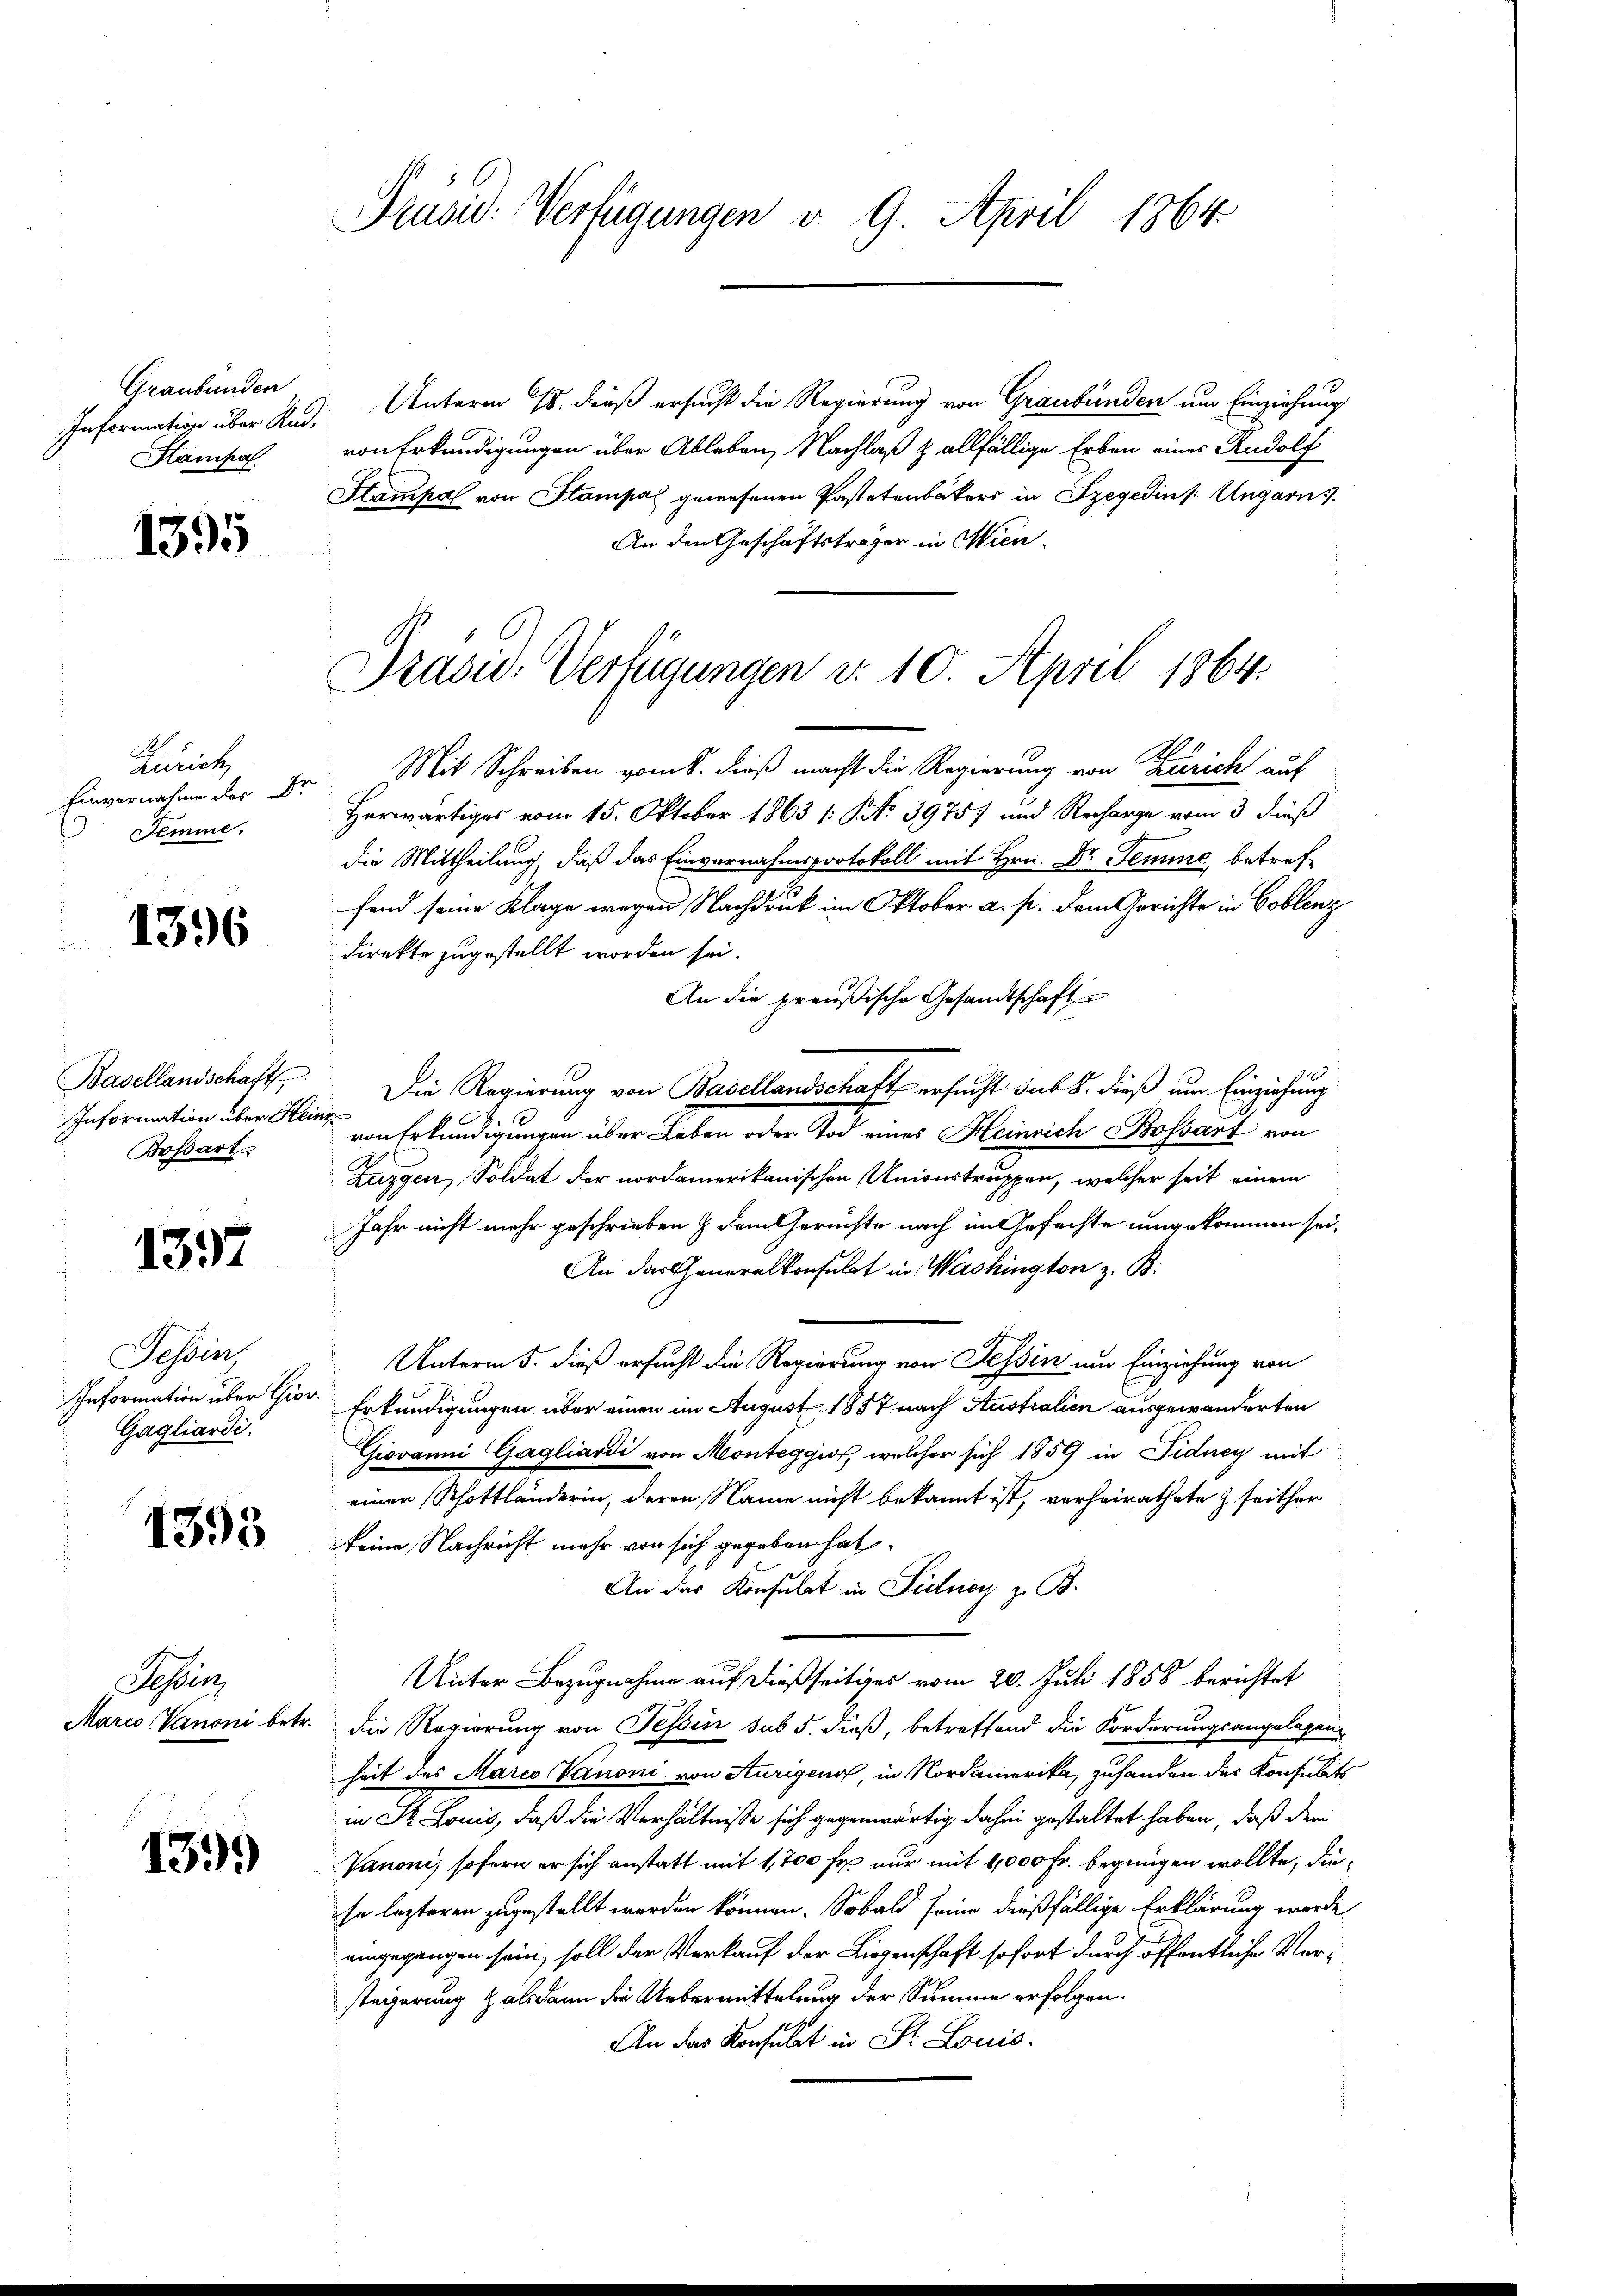
Graubünden
Hampa

1395

Zürich,
Einvernahme des Dr.
Demme.

1396

Basellandschaft
Information über Hein
Boßart

1397

Tessin
Information über Giov
Gagliardi.

1393

Tessin,
Marco Vanoni betr.

139.

Präsid. Verfügungen v. 9. April 1864.

Information über Rud. Unterm 18. dieß ersucht die Regierung von Graubünden um Einziehung
von Erkundigungen über Ableben, Nachlaß & allfällige Erben eines Rudolf
Hampal von Stampal gewesenen Pastetenbakers in Szegedins: Ungarns
An den Geschäftsträger in Wien.

Präsid. Verfügungen v. 10. April 1864.

Mit Schreiben vom 8. dieß macht die Regierung von Zürich auf
Herwärtiges vom 15. Oktober 1863 /: No 39757 und Recharge vom 3 dieß
die Mittheilung, daß das Einvernahmsprotokoll mit Hrn. Dr Temme, betreffend seine Klage wegen Nachdruck im Oktober a. p. dem Gerichte in Coblenz
direkte zugestellt worden sei.
An die preußische Gesandtschaft
Die Regierung von Basellandschaft ersucht sub 8. dieß um Einziehung
2
von Erkundigungen über Leben oder Tod eines Heinrich Bossart von
Zuggen, Soldat der nordamerikanischen Unionstruppen, welcher seit einem
Jahr nicht mehr geschrieben & dem Gerichte nach im Gefachte umgekommen sei,
An das Generalkonsulat in Washington z. B.
Unterm 5. dieß ersucht die Regierung von Tessin und Einziehung von
Erkundigungen über einen im August 1857 nach Australien ausgewanderten
Giovanni Gagliardi von Monteggio, welcher sich 1859 in Fidney mit
einer Schottländerin, deren Name nicht bekannt ist, verheirathete & seither
keine Nachricht mehr von sich gegeben hat.
An das Konsulat in Fidner z. B.
Unter Bezugnahme auf dießseitiges vom 20. Juli 1858 berichtet
die Regierung von Tessin sub 5. dieß, betreffend die Forderungsangelegeng
heit des Marco Vanoni von Sturigen, in Nordamerika, zuhanden der Konsulats
in St. Louis, daß die Verhältnisse sich gegenwärtig dahin gestaltet haben, daß dem
Vanoni, sofern er sich anstatt mit 1,700 fr nur mit 1,000 Fr. begnügen wollte, diese lezteren zugestellt werden können. Sobald seine dießfällige Erklärung werde
eingegangen sein, soll der Verkauf der Liegenschaft sofort durch öffentliche Versteigerung alsdann die Uebermittelung der Summe erfolgen.
An das Konsulat in St. Louis-